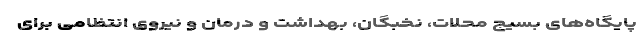
پایگاه‌های بسیج محلات، نخبگان، بهداشت و درمان و نیروی انتظامی برای